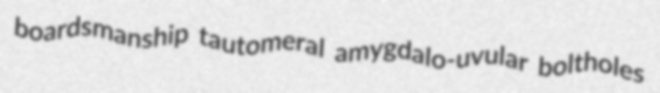
boardsmanship tautomeral amygdalo-uvular boltholes